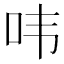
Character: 𮰔